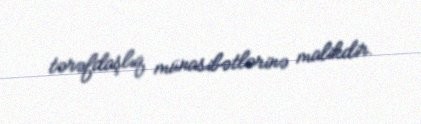
tərəfdaşlıq münasibətlərinə malikdir.